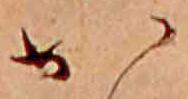
か